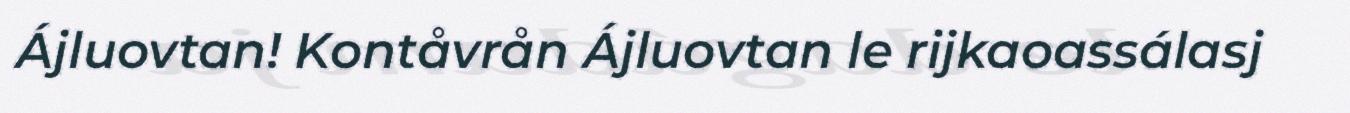
Ájluovtan! Kontåvrån Ájluovtan le rijkaoassálasj